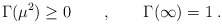
\begin{align*}\Gamma (\mu^2)\ge 0\qquad ,\qquad \Gamma (\infty)=1\; .\end{align*}